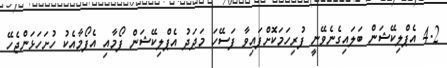
4.2 އެޕްލިކޭޝަން ބަލައިގެނެވޭނީ ފުރިހަމަކޮށްފައިވާ ފަސޭހަ މަދަދު އެޕްލިކޭޝަން ފޯމާއި އެފޯމާއެކު ހުށަހަޅަންޖެހޭ